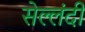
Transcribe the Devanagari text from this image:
सेल्लंदी